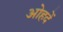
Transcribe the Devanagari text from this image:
ओहदें